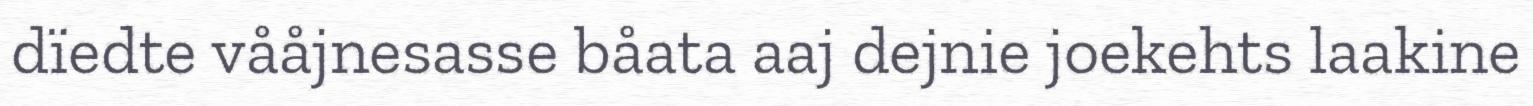
dïedte vååjnesasse båata aaj dejnie joekehts laakine